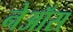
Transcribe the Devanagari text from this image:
नेऑस